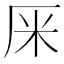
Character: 𠩕